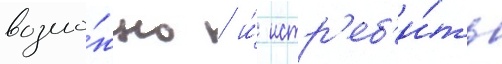
возмо́жно / и́ истр'еб'и́ть